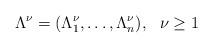
LaTeX: \begin{align*}\Lambda^{\nu}=(\Lambda_1^{\nu},\ldots,\Lambda_n^{\nu}),\ \ \nu\geq 1\end{align*}